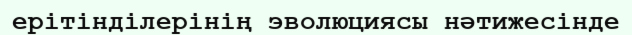
ерітінділерінің эволюциясы нәтижесінде